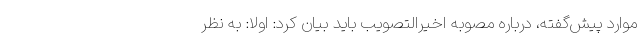
موارد پیش‌گفته، درباره مصوبه اخیرالتصویب باید بیان کرد: اولا: به نظر